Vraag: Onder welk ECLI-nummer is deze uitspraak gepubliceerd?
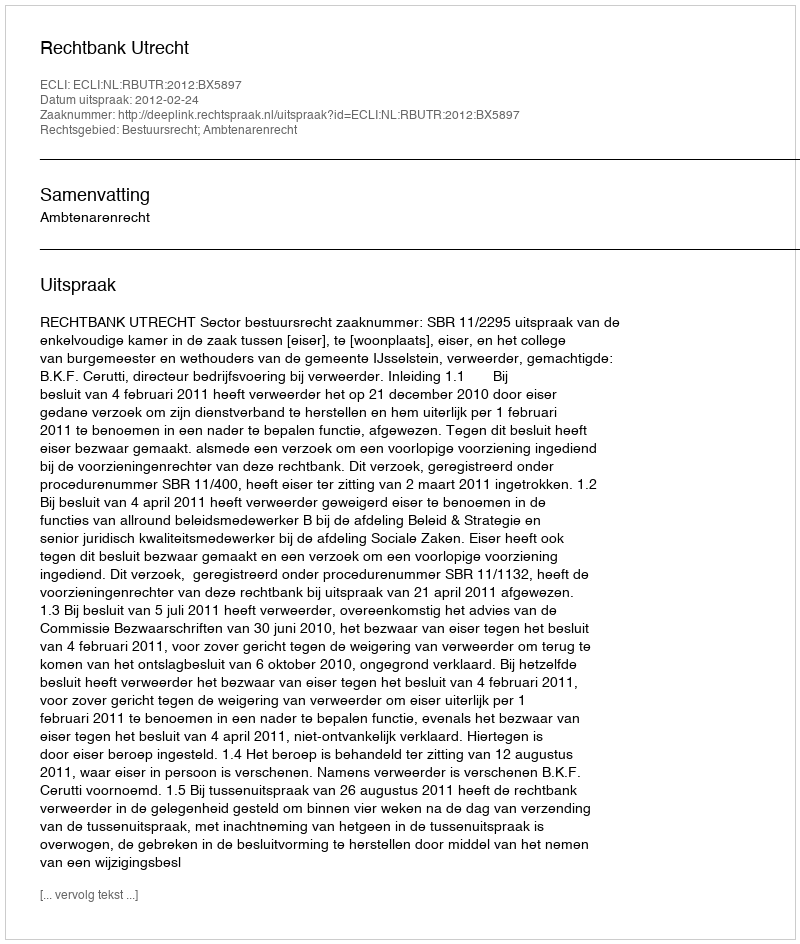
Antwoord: ECLI:NL:RBUTR:2012:BX5897